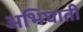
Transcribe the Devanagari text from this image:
अभिघाती